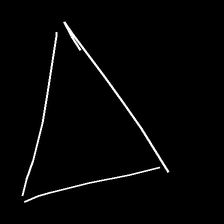
Glyph: convergence